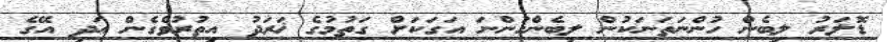
ޑޮލަރު ލިބެން ހުންނަތަަނަކުން ލިބެންހުންނަ އަގަކަށް ގަތުމުގެ ޚަރަދު އިތުރުވެގެން އަދި އޭގެ